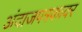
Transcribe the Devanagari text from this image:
अंदाजपत्रकावर